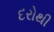
દરોથી